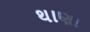
થાણા